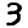
Digit: 3